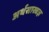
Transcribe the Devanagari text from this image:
अर्थसास्त्रज्ञ